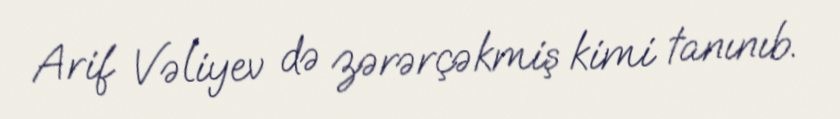
Arif Vəliyev də zərərçəkmiş kimi tanınıb.